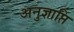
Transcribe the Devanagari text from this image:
अनुज्ञाप्ति